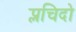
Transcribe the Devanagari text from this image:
प्लचिदो